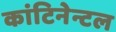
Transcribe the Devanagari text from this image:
कांटिनेन्टल